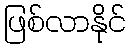
ဖြစ်လာနိုင်